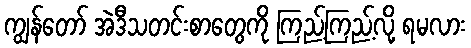
ကျွန်တော် အဲဒီသတင်းစာတွေကို ကြည့်ကြည့်လို့ ရမလား